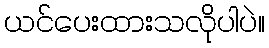
ယင်ပေးထားသလိုပါပဲ။